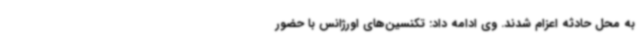
به محل حادثه اعزام شدند. وی ادامه داد: تکنسین‌های اورژانس با حضور